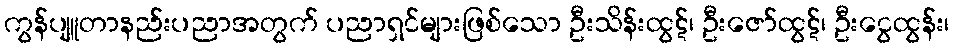
ကွန်ပျူတာနည်းပညာအတွက် ပညာရှင်များဖြစ်သော ဦးသိန်းထွဋ်၊ ဦးဇော်ထွဋ်၊ ဦးငွေထွန်း၊